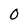
Character: 0